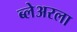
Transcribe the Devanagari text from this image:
ब्लेअरला